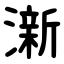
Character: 澵